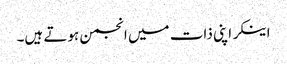
اینکر اپنی ذات میں انجمن ہوتے ہیں۔